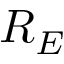
R _ { E }